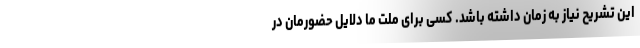
این تشریح نیاز به زمان داشته باشد. کسی برای ملت ما دلایل حضورمان در